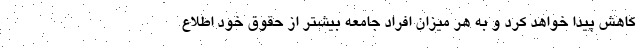
کاهش پیدا خواهد کرد و به هر میزان افراد جامعه بیشتر از حقوق خود اطلاع